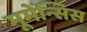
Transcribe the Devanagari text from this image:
मूमेंन्सिस